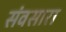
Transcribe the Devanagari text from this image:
संवसारा